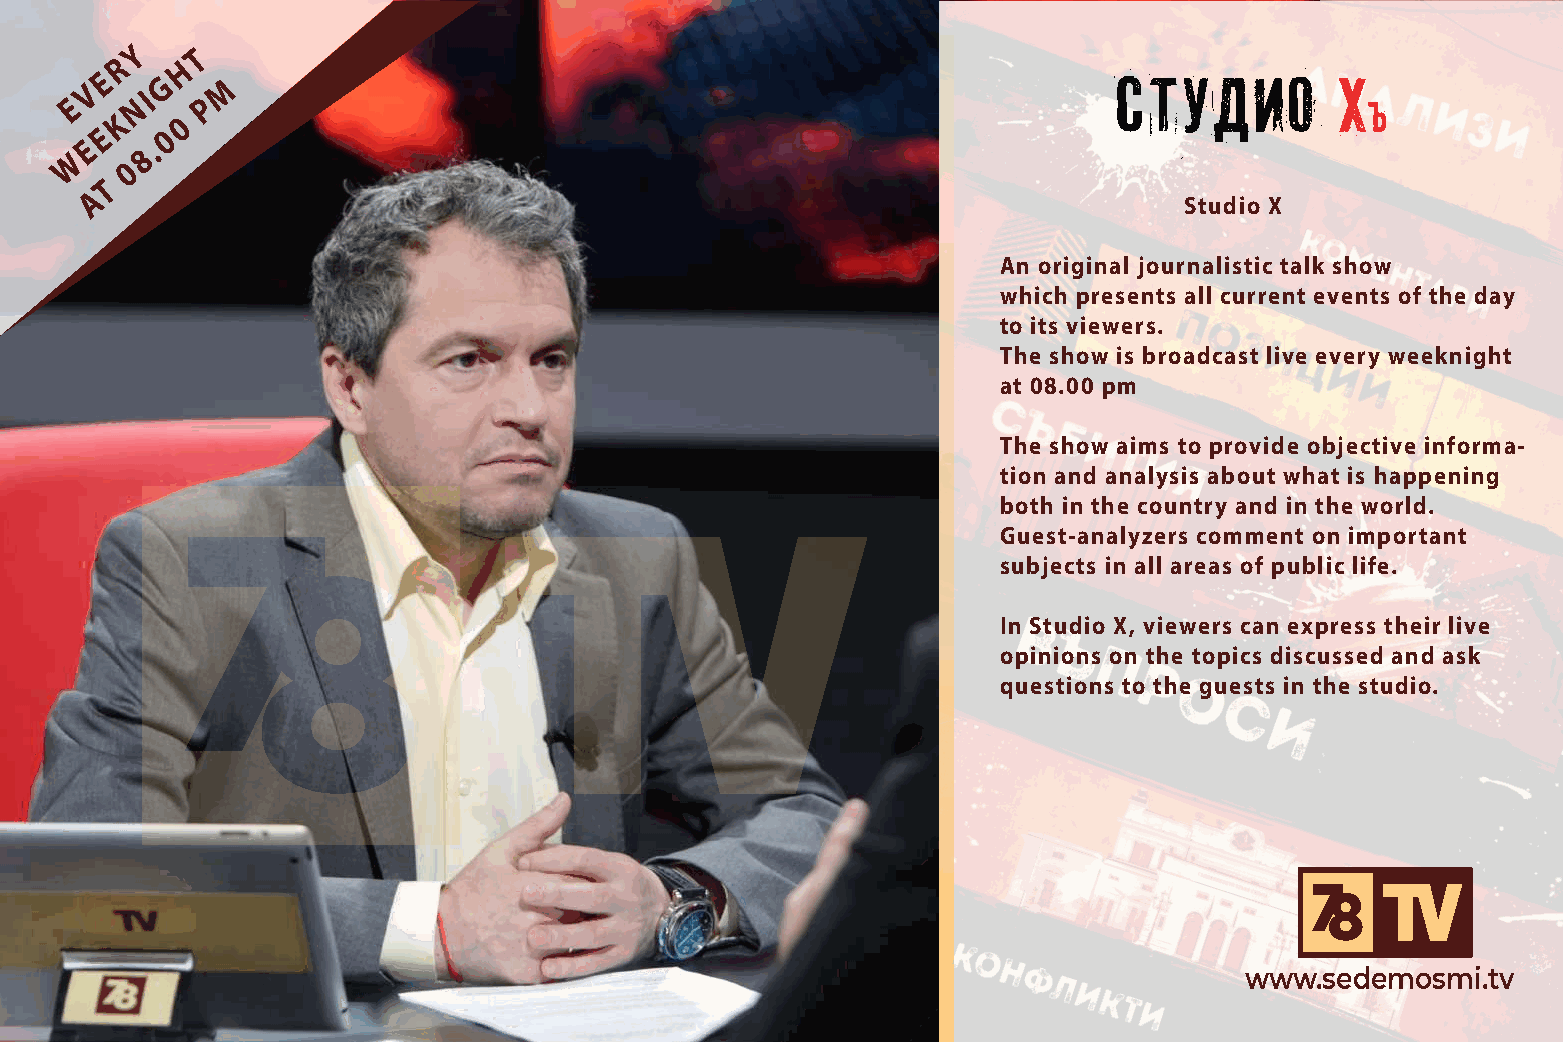
Y   T
 R   H
 V E G    M
 I
 E    N   P
 K   0
 E    0
 E    .
 W    8
 0
 T
 A
 Studio X
 An original journalistic talk show
 which presents all current events of the day
 to its viewers.
 The show is broadcast live every weeknight
 at 08.00 pm
 The show aims to provide objective informa-
 tion and analysis about what is happening
 both in the country and in the world.
 Guest-analyzers comment on important
 subjects in all areas of public life.
 In Studio X, viewers can express their live
 opinions on the topics discussed and ask
 questions to the guests in the studio.
 www.sedemosmi.tv